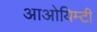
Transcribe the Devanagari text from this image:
आओयिम्टी